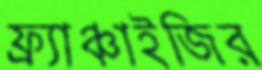
ফ্র্যাঞ্চাইজির